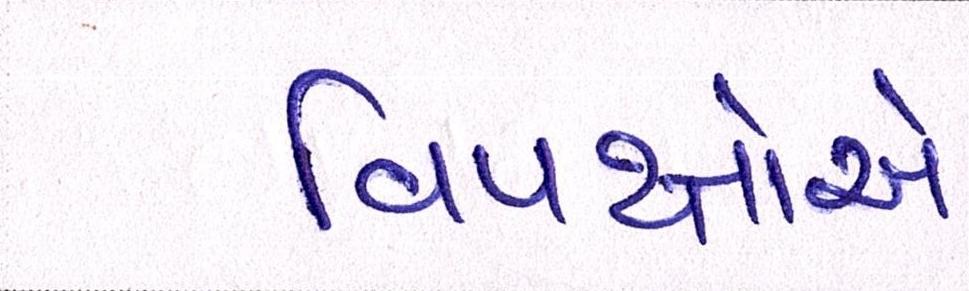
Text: વિપક્ષોએ